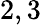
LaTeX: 2,3